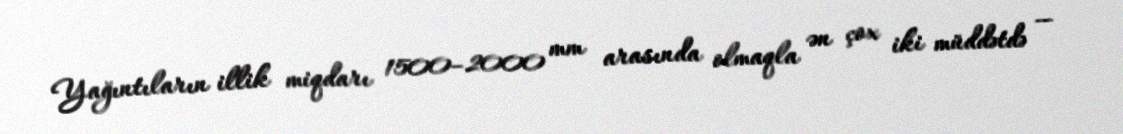
Yağıntıların illik miqdarı 1500–2000 mm arasında olmaqla ən çox iki müddətdə —